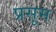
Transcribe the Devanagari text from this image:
प्रसूम